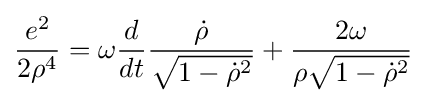
{\frac {e^{2}}{2\rho ^{4}}}=\omega {\frac {d}{dt}}{\frac {\dot {\rho }}{\sqrt {1-{\dot {\rho }}^{2}}}}+{\frac {2\omega }{\rho {\sqrt {1-{\dot {\rho }}^{2}}}}}